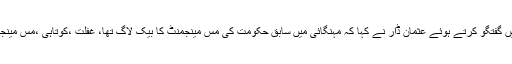
نجی ٹی وی جیونیوز کے پروگرام میں گفتگو کرتے ہوئے عثمان ڈار نے کہا کہ مہنگائی میں سابق حکومت کی مس مینجمنٹ کا بیک لاگ تھا، غفلت ،کوتاہی ،مس مینجمنٹ مختلف چیزیں ہیں ،کرپشن نہیں۔